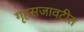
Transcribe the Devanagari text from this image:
गृहसजावटीत